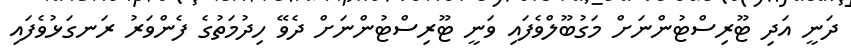
ދަނީ އަދި ޓޫރިސްޓުންނަށް މަގުބޫލްވެފައި ވަނީ ޓޫރިސްޓުންނަށް ދެވޭ ހިދުމަތުގެ ފެންވަރު ރަނގަޅުވެފައި